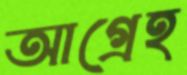
আগ্রেহ